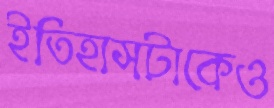
ইতিহাসটাকেও